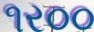
૧ર૦૦